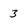
Character: 3